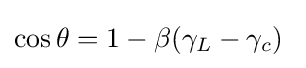
\cos \theta =1-\beta (\gamma _{L}-\gamma _{c})\